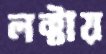
লক্টায়